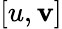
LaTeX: [u,\mathbf{v}]